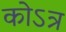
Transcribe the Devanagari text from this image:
कोऽत्र